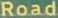
Road